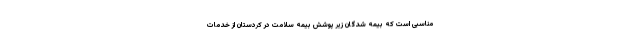
مناسبی است که بیمه شدگان زیر پوشش بیمه سلامت در کردستان از خدمات